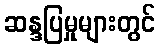
ဆန္ဒပြမှုများတွင်